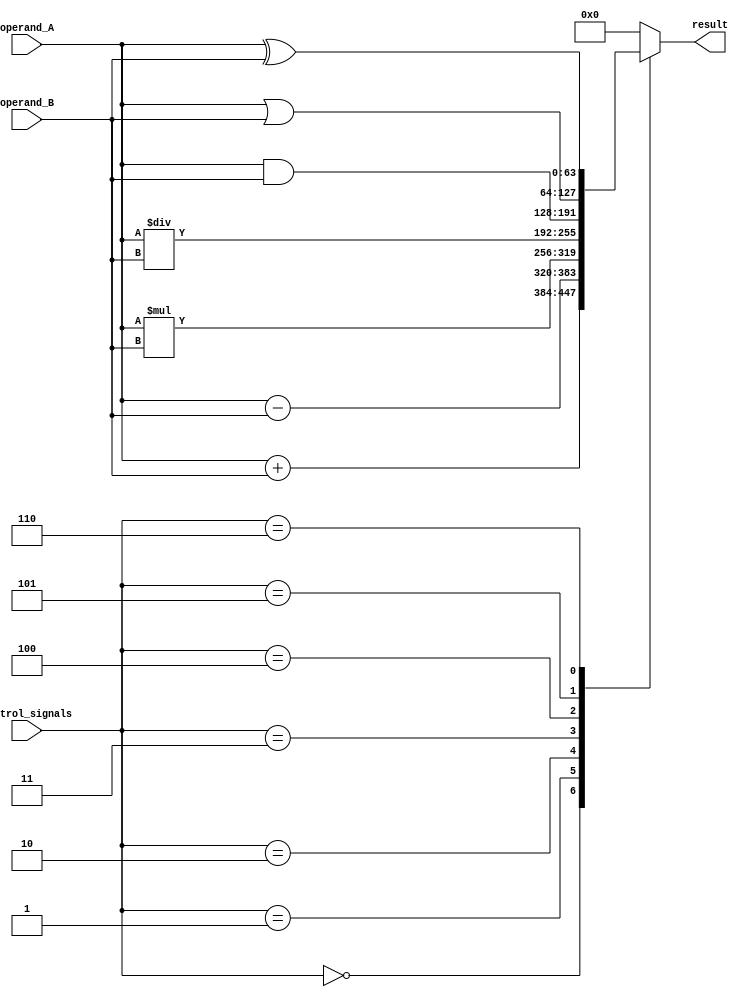
module ALU_64bit (
    input [63:0] operand_A,
    input [63:0] operand_B,
    input [2:0] control_signals,
    output reg [63:0] result
);

reg [63:0] temp_result;

always @(*) begin
    case(control_signals)
        3'b000: temp_result = operand_A + operand_B; // Addition
        3'b001: temp_result = operand_A - operand_B; // Subtraction
        3'b010: temp_result = operand_A * operand_B; // Multiplication
        3'b011: temp_result = operand_A / operand_B; // Division
        3'b100: temp_result = operand_A & operand_B; // AND
        3'b101: temp_result = operand_A | operand_B; // OR
        3'b110: temp_result = operand_A ^ operand_B; // XOR
        default: temp_result = 64'b0; // Output 0 by default
    endcase
end

// Carry-in/carry-out logic for adders and shifters

// Shifting operations

always @(control_signals) begin
    case(control_signals)
        // Implement carry-in/carry-out logic and shifting operations
    endcase
end

assign result = temp_result;

endmodule